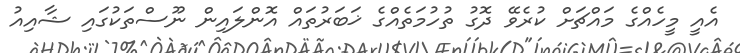
އެއީ މީހެއްގެ މައްޗަށް ކުރެވޭ ދޮގު ތުހުމަތެއްގެ ޚަބަރުތައް އޮންލައިން ނޫސްތަކުގައި ޝާއިއު